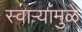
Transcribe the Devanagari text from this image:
स्वाऱ्यांमुळे